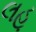
લહૂ